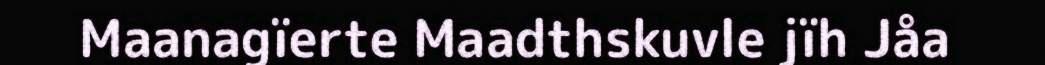
Maanagïerte Maadthskuvle jïh Jåa